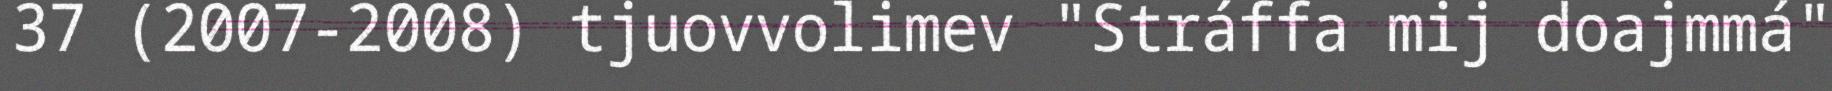
37 (2007-2008) tjuovvolimev "Stráffa mij doajmmá"